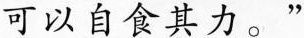
可以自食其力。”